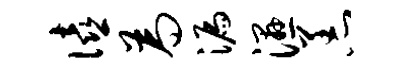
僖为漏湿恙